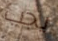
يجب